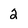
Character: 2